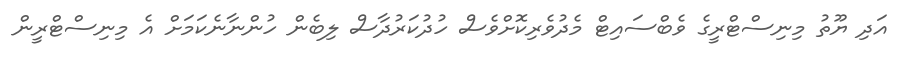
އަދި ޔޫތު މިނިސްޓްރީގެ ވެބްސައިޓް މެދުވެރިކޮށްވެސް ހުދުކަރުދާސް ލިބެން ހުންނާނެކަމަށް އެ މިނިސްޓްރީން